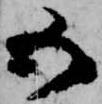
五